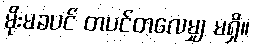
မိုးမခပင် တပင်တလေမျှ မရှိ။